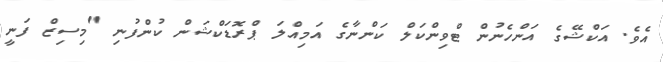
އެވެ. އަކްޝޭގެ އަންހެނުން ޓްވިންކަލް ކަންނާގެ އަމިއްލަ ޕްރޮޑަކްޝަން ކުންފުނި "މިސިޒް ފަނީ